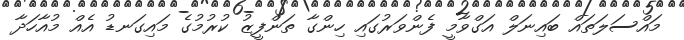
މައްސަލަތައް ބައިނަލް އަގްވާމީ ފެންވަރުގައި ހިންގާ ތަންފީޒު ކުރުމުގެ މައިގަނޑު އެއް މުއާހަދާ